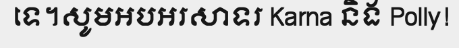
ទេ។សូមអបអរសាទរ Karna និង Polly!